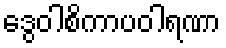
ဒွေဝါစိကာပဝါရဏာ